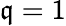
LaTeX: \mathfrak{q}=1